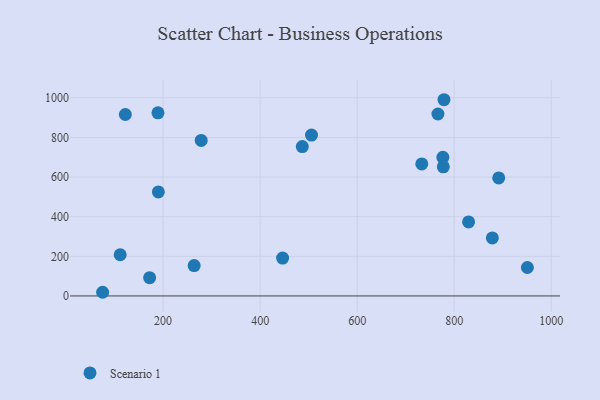
{"axis": {"x": "Speed", "y": "Demand"}, "legend": ["Scenario 1"], "data": [{"x": "278.5", "y": 784.9, "type": "Scenario 1"}, {"x": "111.5", "y": 207.9, "type": "Scenario 1"}, {"x": "776.7", "y": 699.5, "type": "Scenario 1"}, {"x": "190.2", "y": 525.1, "type": "Scenario 1"}, {"x": "189.4", "y": 924.5, "type": "Scenario 1"}, {"x": "505.9", "y": 812.2, "type": "Scenario 1"}, {"x": "950.9", "y": 143.5, "type": "Scenario 1"}, {"x": "264.0", "y": 153.5, "type": "Scenario 1"}, {"x": "779.0", "y": 990.4, "type": "Scenario 1"}, {"x": "829.7", "y": 373.8, "type": "Scenario 1"}, {"x": "486.9", "y": 754.0, "type": "Scenario 1"}, {"x": "878.7", "y": 292.8, "type": "Scenario 1"}, {"x": "172.2", "y": 92.2, "type": "Scenario 1"}, {"x": "777.6", "y": 651.6, "type": "Scenario 1"}, {"x": "75.3", "y": 18.5, "type": "Scenario 1"}, {"x": "446.3", "y": 191.1, "type": "Scenario 1"}, {"x": "733.2", "y": 666.5, "type": "Scenario 1"}, {"x": "891.8", "y": 595.7, "type": "Scenario 1"}, {"x": "122.1", "y": 915.7, "type": "Scenario 1"}, {"x": "766.5", "y": 918.4, "type": "Scenario 1"}]}